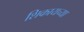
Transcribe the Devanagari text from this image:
शिकायच्या